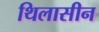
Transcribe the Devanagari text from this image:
थिलासीन